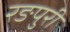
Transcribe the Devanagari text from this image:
रङपुरी